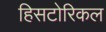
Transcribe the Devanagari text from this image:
हिसटोरिकल